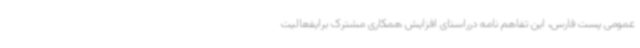
عمومی پست فارس، این تفاهم نامه درراستای افزایش همکاری مشترک برایفعالیت